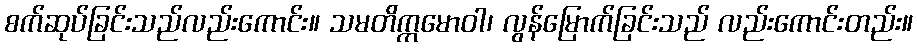
စက်ဆုပ်ခြင်းသည်လည်းကောင်း။ သမတိက္ကမောဝါ၊ လွန်မြောက်ခြင်းသည် လည်းကောင်းတည်း။